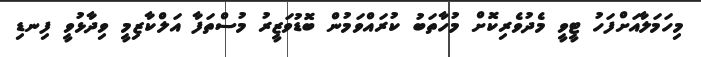
މިހަމަލާއަށްފަހު ޓީވީ މެދުވެރިކޮށް މުހާތަބު ކުރައްވަމުން ބޮޑުވަޒީރު މުސްތަފާ އަލްކާޒިމީ ވިދާޅުވީ ފިނޑި